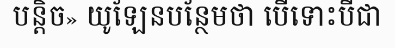
បន្តិច» យូឡែនបន្ថែមថា បើទោះបីជា